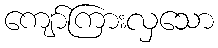
ကျော်ကြားလှသော